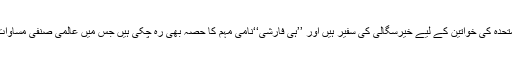
واضح رہے کہ ایماواٹسن اقوام متحدہ کی خواتین کے لیے خیرسگالی کی سفیر ہیں اور ’’ہی فارشی‘‘نامی مہم کا حصہ بھی رہ چکی ہیں جس میں عالمی صنفی مساوات کے لیے آواز اٹھائی گئی تھی۔